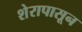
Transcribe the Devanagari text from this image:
शेरापासून